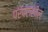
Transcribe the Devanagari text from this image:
परंपराशील